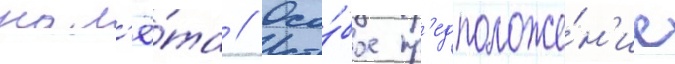
нал'ё́та // Осо́бое пр'едположе́н'ие